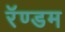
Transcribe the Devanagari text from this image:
रॅण्डम